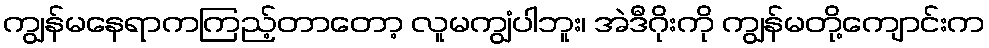
ကျွန်မနေရာကကြည့်တာတော့ လူမကျွံပါဘူး၊ အဲဒီဂိုးကို ကျွန်မတို့ကျောင်းက